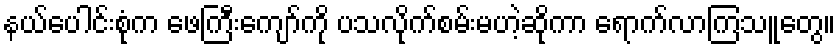
နယ်ပေါင်းစုံက ဖေကြီးကျော်ကို ပသလိုက်စမ်းမဟဲ့ဆိုကာ ရောက်လာကြသူတွေ။